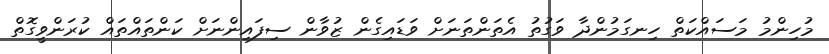
މުހިންމު މަސައްކަތް ހިނގަމުންދާ ވަގުތު އެތަންތަނަށް ވަޑައިގެން ޒުވާން ސިފައިންނަށް ކަންތައްތައް ކުރަންވީގޮތް